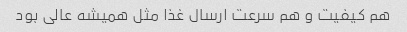
هم کیفیت و هم سرعت ارسال غذا مثل همیشه عالی بود